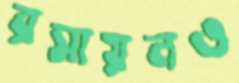
রসায়নও